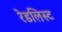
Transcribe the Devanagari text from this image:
रेडलिस्ट